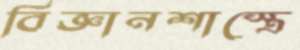
বিজ্ঞানশাস্ত্রে